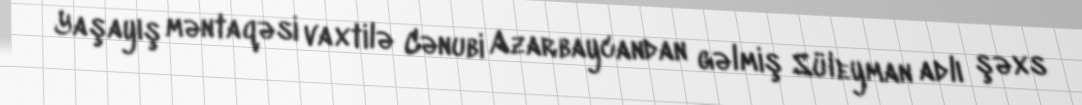
Yaşayış məntaqəsi vaxtilə Cənubi Azarbaycandan gəlmiş Süleyman adlı şəxs